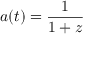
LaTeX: a ( t ) = { \frac { 1 } { 1 + z } }